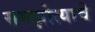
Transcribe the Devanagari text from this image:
समझोत्याचे